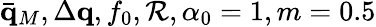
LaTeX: \bar{\mathbf q}_{M},\Delta\mathbf q,f_{0},\mathcal{R},\alpha_{0}=1,m=0.5